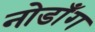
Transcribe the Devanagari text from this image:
नोडाँग